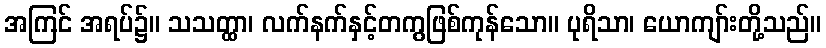
အကြင် အရပ်၌။ သသတ္ထာ၊ လက်နက်နှင့်တကွဖြစ်ကုန်သော။ ပုရိသာ၊ ယောကျာ်းတို့သည်။